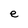
Character: e